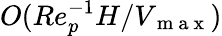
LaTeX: O(Re_{p}^{-1}H/V_{\mathrm{~m~a~x~}})